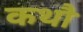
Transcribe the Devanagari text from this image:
कथौ